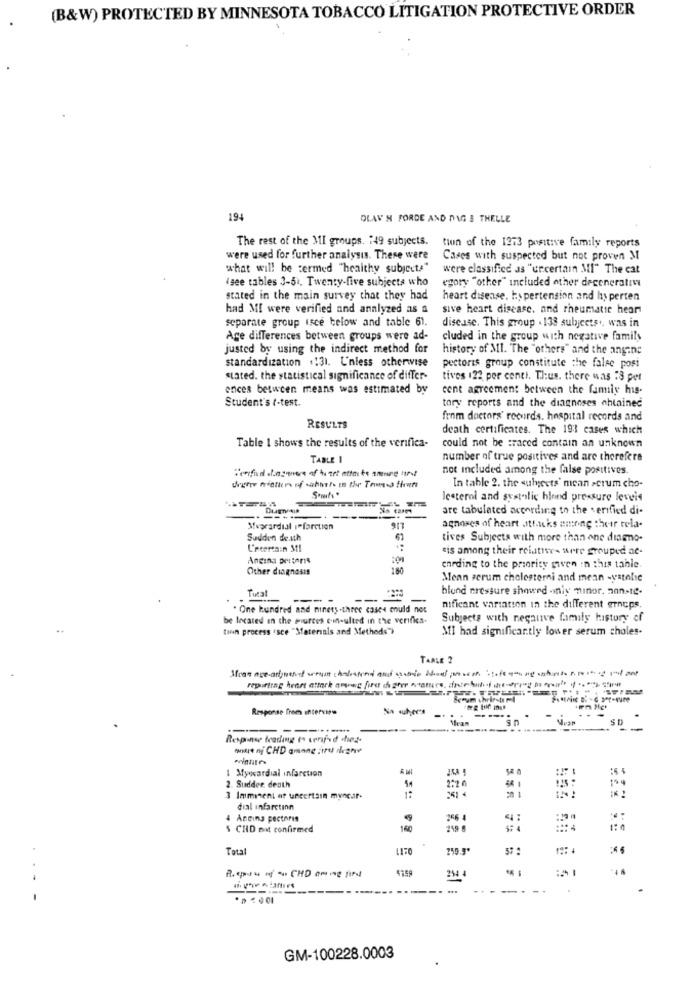
(B&W) PROTECTED BY MINNESOTA TOBACCO LITIGATION PROTECTIVE ORDER
194
OLAV N FORDE AND DAG 3 THELLE
The rest of the MI groups. : 49 subjects.
tion of the 1273 positive family reports
were used for further analysis. These were
Cases with suspected but not proven M
what will be cermed "healthy subjects"
were classified as "urcertain MI" The cat
(gee tables 3-51. Twenty-five subjects who
egory "other" included other decenerati
stated in the main survey that they had
heart disease, hypertension and hyperten
had MI were verified and analyzed as a
sive heart disease, and rheumatic hear
separate group isce below and table 61.
disease. This group . 138 subjects ., was in
Age differences between groups were ad-
cluded in the group with negative family
justed by using the indirect method for
history of MI. The "others" and the angine
standardization .131. Unless otherwise
pectoris group constitute the false posi
stated. the statistical significance of differ-
tives 122 per centi. Tlus. there was :8 per
ences between means was estimated by
cont agreement between the family his-
Student's t-test.
tory reports and the diagnoses ahtained
from doctors' records. hospital records and
RESULTS
death certificates. The 193 cases which
Table 1 shows the results of the verifica-
could not be traced contain an unknown
TABLE
number of true positives and are therefere
not included among the false positives.
In table 2. the subjects' mean scrum cho-
lesterol and systolic blend pressure leveis
are tabulated according to the verified di-
-
Mupcardial infarction
917
agnoses of heart .ithicks among theer tela-
Sudden de ath
tives Subjects with more than one diagno-
L'ecertain Stl
"is among their relatives were grouped ac-
Angina priseris
Other diagnosis
enrding to the priority gaven in this table
Mean serum cholesterni and mean -yatelie
blond pressure showed -only minor, nanste.
. One hundred and ninety-three cases could nes
nificant variation in the different erneps.
be located in the purces con-ulted in the verifies-
Subjects with negauve family history of
tien process (sce "Materials and Methods")
MI had significantly lower serum choles-
TAALE 2
Response from Intervire
van
----..
SO
Response trading is crnifed chez-
Myocardial infarction
& M
2:2 0
2. Sudden death
3 Imminent af uncertain myncuir-
dial infarctinn
4 Angina pectoris
266 4
4:
:.
CHD mit confirmed
160
Total
R. cpou nf -u CHD among find
GM-100228.0003